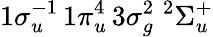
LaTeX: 1\sigma_{u}^{-1}\, 1\pi_{u}^{4}\, 3\sigma_{g}^{2}\; {^2}\Sigma_{u}^{+}